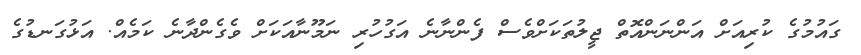
ގައުމުގެ ކުރިއަށް އަންނަންއޮތް ޖީލުތަކަށްވެސް ފެންނާނެ އަގުހުރި ނަމޫނާއަކަށް ވެގެންދާނެ ކަމެއް. އަޅުގަނޑުގެ